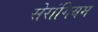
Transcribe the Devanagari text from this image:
सेरांगियम